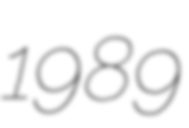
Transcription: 1989